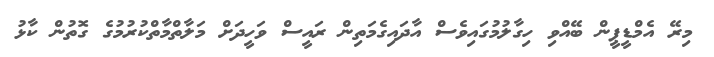
މިރޭ އެމްޑީޕީން ބޭއްވި ހިގާލުމުގައިވެސް އާދައިގެމަތިން ރައީސް ވަހީދަށް މަލާތްމާތްކުރުމުގެ ގޮތުން ކާޅު